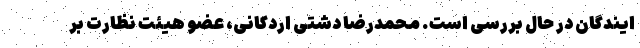
ایندگان در حال بررسی است. محمدرضا دشتی اردکانی، عضو هیئت نظارت بر